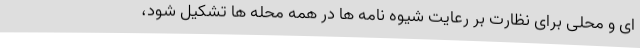
ای و محلی برای نظارت بر رعایت شیوه نامه ها در همه محله ها تشکیل شود،